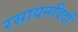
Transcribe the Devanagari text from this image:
रसायनविदों